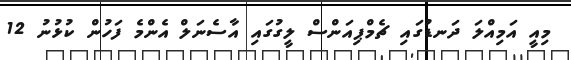
މިއީ އަމިއްލަ ދަނޑުގައި ޗެމްޕިއަންސް ލީގުގައި އާސެނަލް އެންމެ ފަހުން ކުޅުނު 12